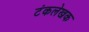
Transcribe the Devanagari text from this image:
टंकलेखक